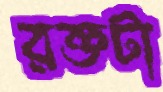
রক্তটা